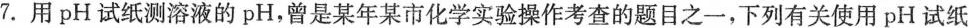
7.用pH试纸测溶液的pH，曾是某年某市化学实验操作考查的题目之一，下列有关使用pH试纸